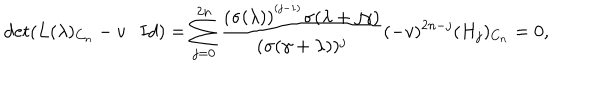
LaTeX: \det ( L ( \lambda ) _ { C _ { n } } - v \cdot I d ) = \sum _ { j = 0 } ^ { 2 n } \frac { ( \sigma ( \lambda ) ) ^ { ^ { ( j - 1 ) } } \sigma ( \lambda + j \gamma ) } { ( \sigma ( \gamma + \lambda ) ) ^ { j } } ( - v ) ^ { 2 n - j } ( H _ { j } ) _ { C _ { n } } = 0 ,